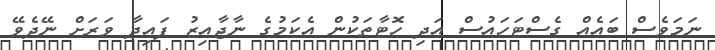
ނަމަވެސް ބައެއް ގެސްޓަހައުސް އަދި ހޮޓާތަކުން އެކަމުގެ ނާޖާއިޒު ފައިދާ ވަރަށް ނޭދެވޭ